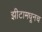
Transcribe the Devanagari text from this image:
झीटामधूनच